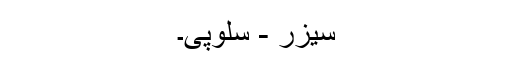
سیزر - سلوپی۔